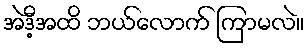
အဲဒီ့အထိ ဘယ်လောက် ကြာမလဲ။